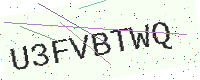
Text: U3FVBTWQ